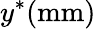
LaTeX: y^{*}(\mathrm{mm})